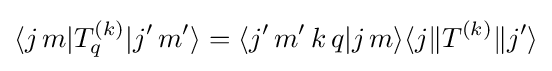
\langle j\,m|T_{q}^{(k)}|j'\,m'\rangle =\langle j'\,m'\,k\,q|j\,m\rangle \langle j\|T^{(k)}\|j'\rangle